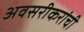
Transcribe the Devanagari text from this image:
अवसरीकरांची